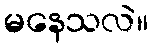
မနေသလဲ။